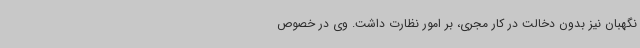
نگهبان نیز بدون دخالت در کار مجری، بر امور نظارت داشت. وی در خصوص